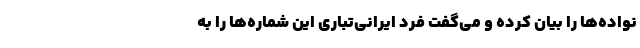
نواده‌ها را بیان کرده و می‌گفت فرد ایرانی‌تباری این شماره‌ها را به